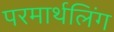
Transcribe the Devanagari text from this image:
परमार्थलिंग